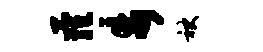
萝步袂